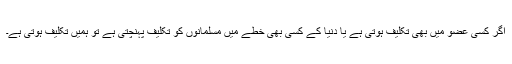
اگر کسی عضو میں بھی تکلیف ہوتی ہے یا دنیا کے کسی بھی خطے میں مسلمانوں کو تکلیف پہنچتی ہے تو ہمیں تکلیف ہوتی ہے۔